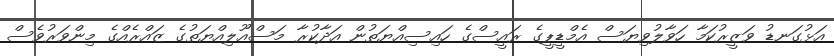
އަޅުގަނޑު ވަޒީރުކަމާ ހަވާލުވިޔަސް އެމްޑީޕީގެ ރައީސްގެ ހައިސިއްޔަތުން އަދާކުރާ މަސްއޫލިއްޔަތުގެ ޒައްރެއްގެ މިންވަރުވެސް